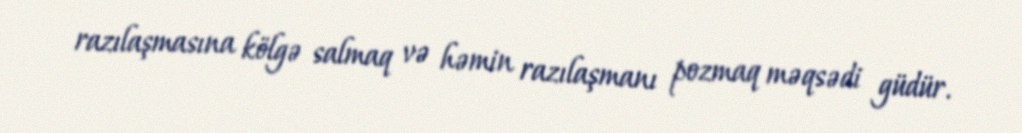
razılaşmasına kölgə salmaq və həmin razılaşmanı pozmaq məqsədi güdür.